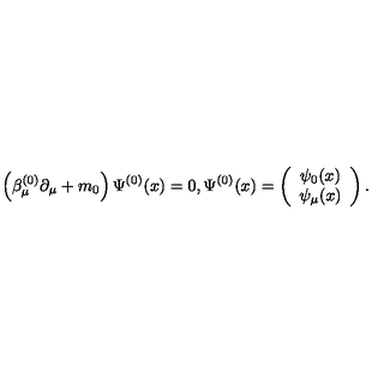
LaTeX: \left( \beta _ { \mu } ^ { ( 0 ) } \partial _ { \mu } + m _ { 0 } \right) \Psi ^ { ( 0 ) } ( x ) = 0 , \Psi ^ { ( 0 ) } ( x ) = \left( \begin{array} { c } { \psi _ { 0 } ( x ) } \\ { \psi _ { \mu } ( x ) } \\ \end{array} \right) .